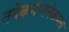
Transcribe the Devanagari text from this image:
तदेकमप्यनेकम्त्वं